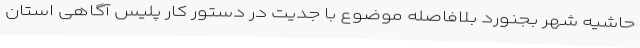
حاشیه شهر بجنورد بلافاصله موضوع با جدیت در دستور کار پلیس آگاهی استان